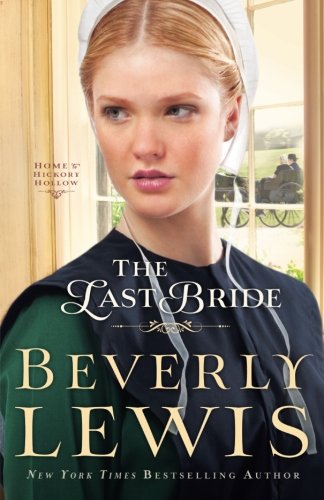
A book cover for The Last Bride (Home to Hickory Hollow); Beverly Lewis; Christian Books & Bibles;